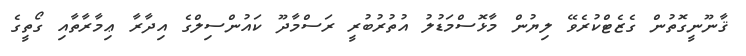
ޤާނޫނީގޮތުން ގެޒެޓްކުރެވޭ ލިޔުން މާޅޮސްމަޑުލު އުތުރުބުރީ ރަސްމާދޫ ކައުންސިލްގެ އިދާރާ ޢިމާރާތާއި ގޯތީގެ